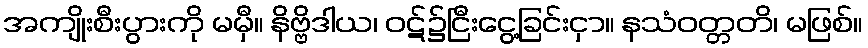
အကျိုးစီးပွားကို မမှီ။ နိဗ္ဗိဒါယ၊ ဝဋ်၌ငြီးငွေ့ခြင်းငှာ။ နသံဝတ္တတိ၊ မဖြစ်။